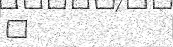
٤